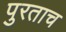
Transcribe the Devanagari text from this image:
पुरताच